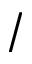
/